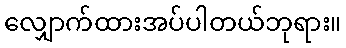
လျှောက်ထားအပ်ပါတယ်ဘုရား။